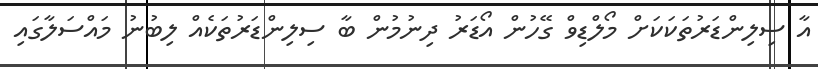
އާ ސިލިންޑަރުތަކަކަށް މޯލްޑިވް ގޭހުން އޯޑަރު ދިނުމުން ބާ ސިލިންޑަރުތަކެއް ލިބުނު މައްސަލާގައި